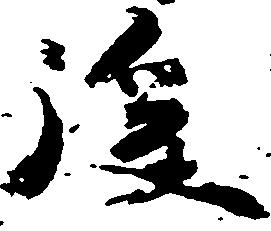
後